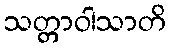
သတ္တာဝါသာတိ